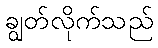
ချွတ်လိုက်သည်